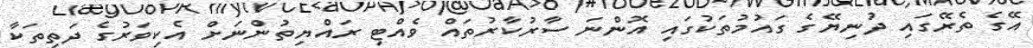
އޭގެ ތެރޭގައި ދުނިޔޭގެ ގައުމުތަކުގައި އޮންނަ ސާރުކާރުތައް ވެއްޓި ރައްޔިތުންނަށް އެކިވަރުގެ ދަތިތަކާ